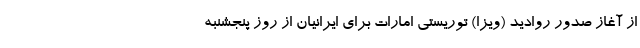
از آغاز صدور روادید (ویزا) توریستی امارات برای ایرانیان از روز پنجشنبه